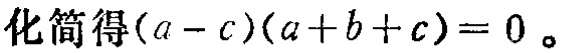
化简得\((a - c)(a + b + c)=0\)。